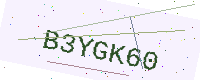
Text: B3YGK60